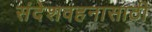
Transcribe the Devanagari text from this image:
संदेशवहनासाठी